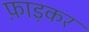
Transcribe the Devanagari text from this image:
फ़ाड़कर